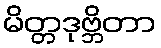
မိတ္တဒုဗ္ဘိတာ